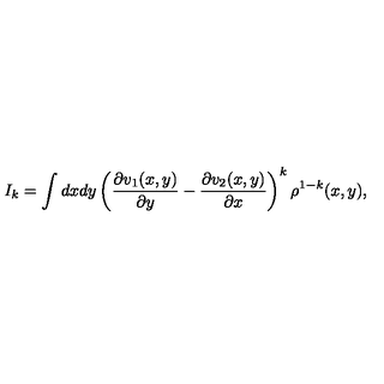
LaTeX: I _ { k } = \int d x d y \left( \frac { \partial v _ { 1 } ( x , y ) } { \partial y } - \frac { \partial v _ { 2 } ( x , y ) } { \partial x } \right) ^ { k } \rho ^ { 1 - k } ( x , y ) ,